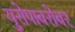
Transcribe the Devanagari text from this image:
युरोपाबरोबर